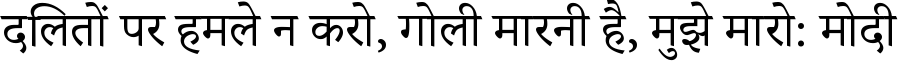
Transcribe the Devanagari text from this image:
दलितों पर हमले न करो, गोली मारनी है, मुझे मारो: मोदी